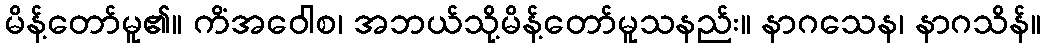
မိန့်တော်မူ၏။ ကိံအဝေါစ၊ အဘယ်သို့မိန့်တော်မူသနည်း။ နာဂသေန၊ နာဂသိန်။